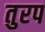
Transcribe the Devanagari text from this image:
तुरप